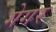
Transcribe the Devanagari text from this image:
गेगर